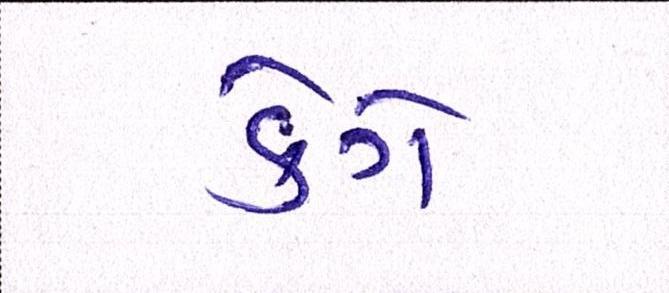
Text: કેગે